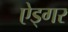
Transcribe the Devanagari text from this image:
ऐड्गर